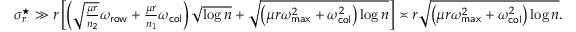
\begin{array} { r } { \sigma _ { r } ^ { \star } \gg r \left[ \left( \sqrt { \frac { \mu r } { n _ { 2 } } } \omega _ { \sf r o w } + \frac { \mu r } { n _ { 1 } } \omega _ { \sf c o l } \right) \sqrt { \log n } + \sqrt { \left( \mu r \omega _ { \sf m a x } ^ { 2 } + \omega _ { \sf c o l } ^ { 2 } \right) \log n } \right] \asymp r \sqrt { \left( \mu r \omega _ { \sf m a x } ^ { 2 } + \omega _ { \sf c o l } ^ { 2 } \right) \log n } . } \end{array}